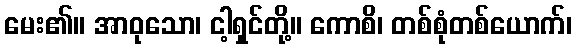
မေး၏။ အာဝုသော၊ ငါ့ရှင်တို့။ ကောစိ၊ တစ်စုံတစ်ယောက်၊